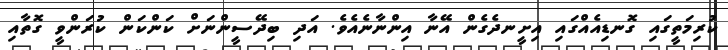
ކުރިމަތީގައި ގޮނޑިއެއްގައި އިށީނދެގެން އޭނާ އިންނާނެއެވެ. އަދި ބިދޭސީންނަށް ކަންކަން ކުރަންވީ ގޮތާއި